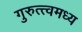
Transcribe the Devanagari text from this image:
गुरुत्त्वमध्य